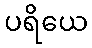
ပရိယေ